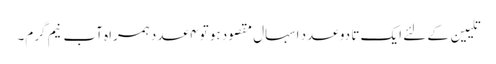
تلیین کے لئے ایک تا دو عدد اسہال مقصود ہو تو ۴ عدد ہمراہ آبِ نیم گرم۔